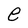
Character: e